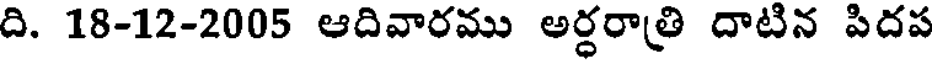
ది. 18-12-2005 ఆదివారము అర్ధరాత్రి దాటిన పిదప